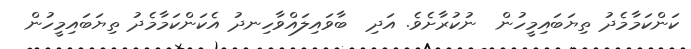
ކަންކަމާމެދު ތިޔަބައިމީހުން  ނުކުރާށެވެ. އަދި  ބާވައިލައްވާހިނދު އެކަންކަމާމެދު ތިޔަބައިމީހުން